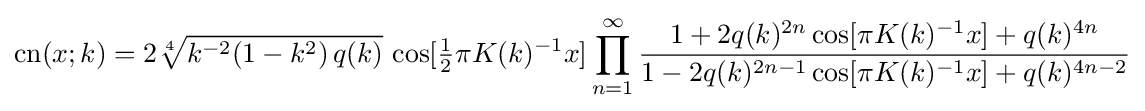
\operatorname {cn} (x;k)=2{\sqrt[{4}]{k^{-2}(1-k^{2})\,q(k)}}\,\cos[{\tfrac {1}{2}}\pi K(k)^{-1}x]\prod _{n=1}^{\infty }{\frac {1+2q(k)^{2n}\cos[\pi K(k)^{-1}x]+q(k)^{4n}}{1-2q(k)^{2n-1}\cos[\pi K(k)^{-1}x]+q(k)^{4n-2}}}